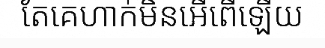
តែគេហាក់មិនអើពើឡើយ